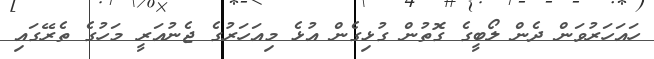
ހައަހަރުވަން ދެން ލޯބީގެ ގޮތުން ގުޅިގެން އުޅެ މިއަހަރުގެ ޖެނުއަރީ މަހުގެ ތެރޭގައި